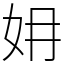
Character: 㚩